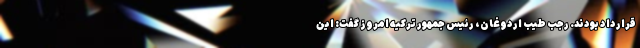
قرارداد بودند. رجب طیب اردوغان، رئیس جمهور ترکیه امروز گفت:‌ این